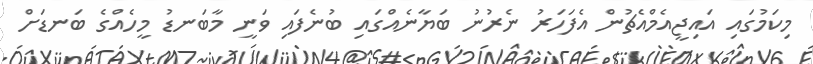
މިކަމުގައި އައިޖީއެމްއެޗުން އެފަހަރު ނެރުނު ބަޔާނެއްގައި ބުނެފައި ވަނީ މާބަނޑު މީހެއްގެ ބަނޑަށް